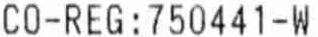
CO-REG: 750441-W